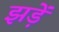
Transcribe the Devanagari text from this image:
झड़ें